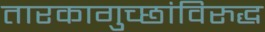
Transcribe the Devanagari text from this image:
तारकागुच्छांविरुद्ध